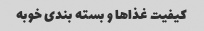
کیفیت غذاها و بسته بندی خوبه